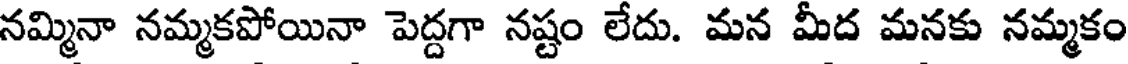
నమ్మినా నమ్మకపోయినా పెద్దగా నష్టం లేదు. మన మీద మనకు నమ్మకం